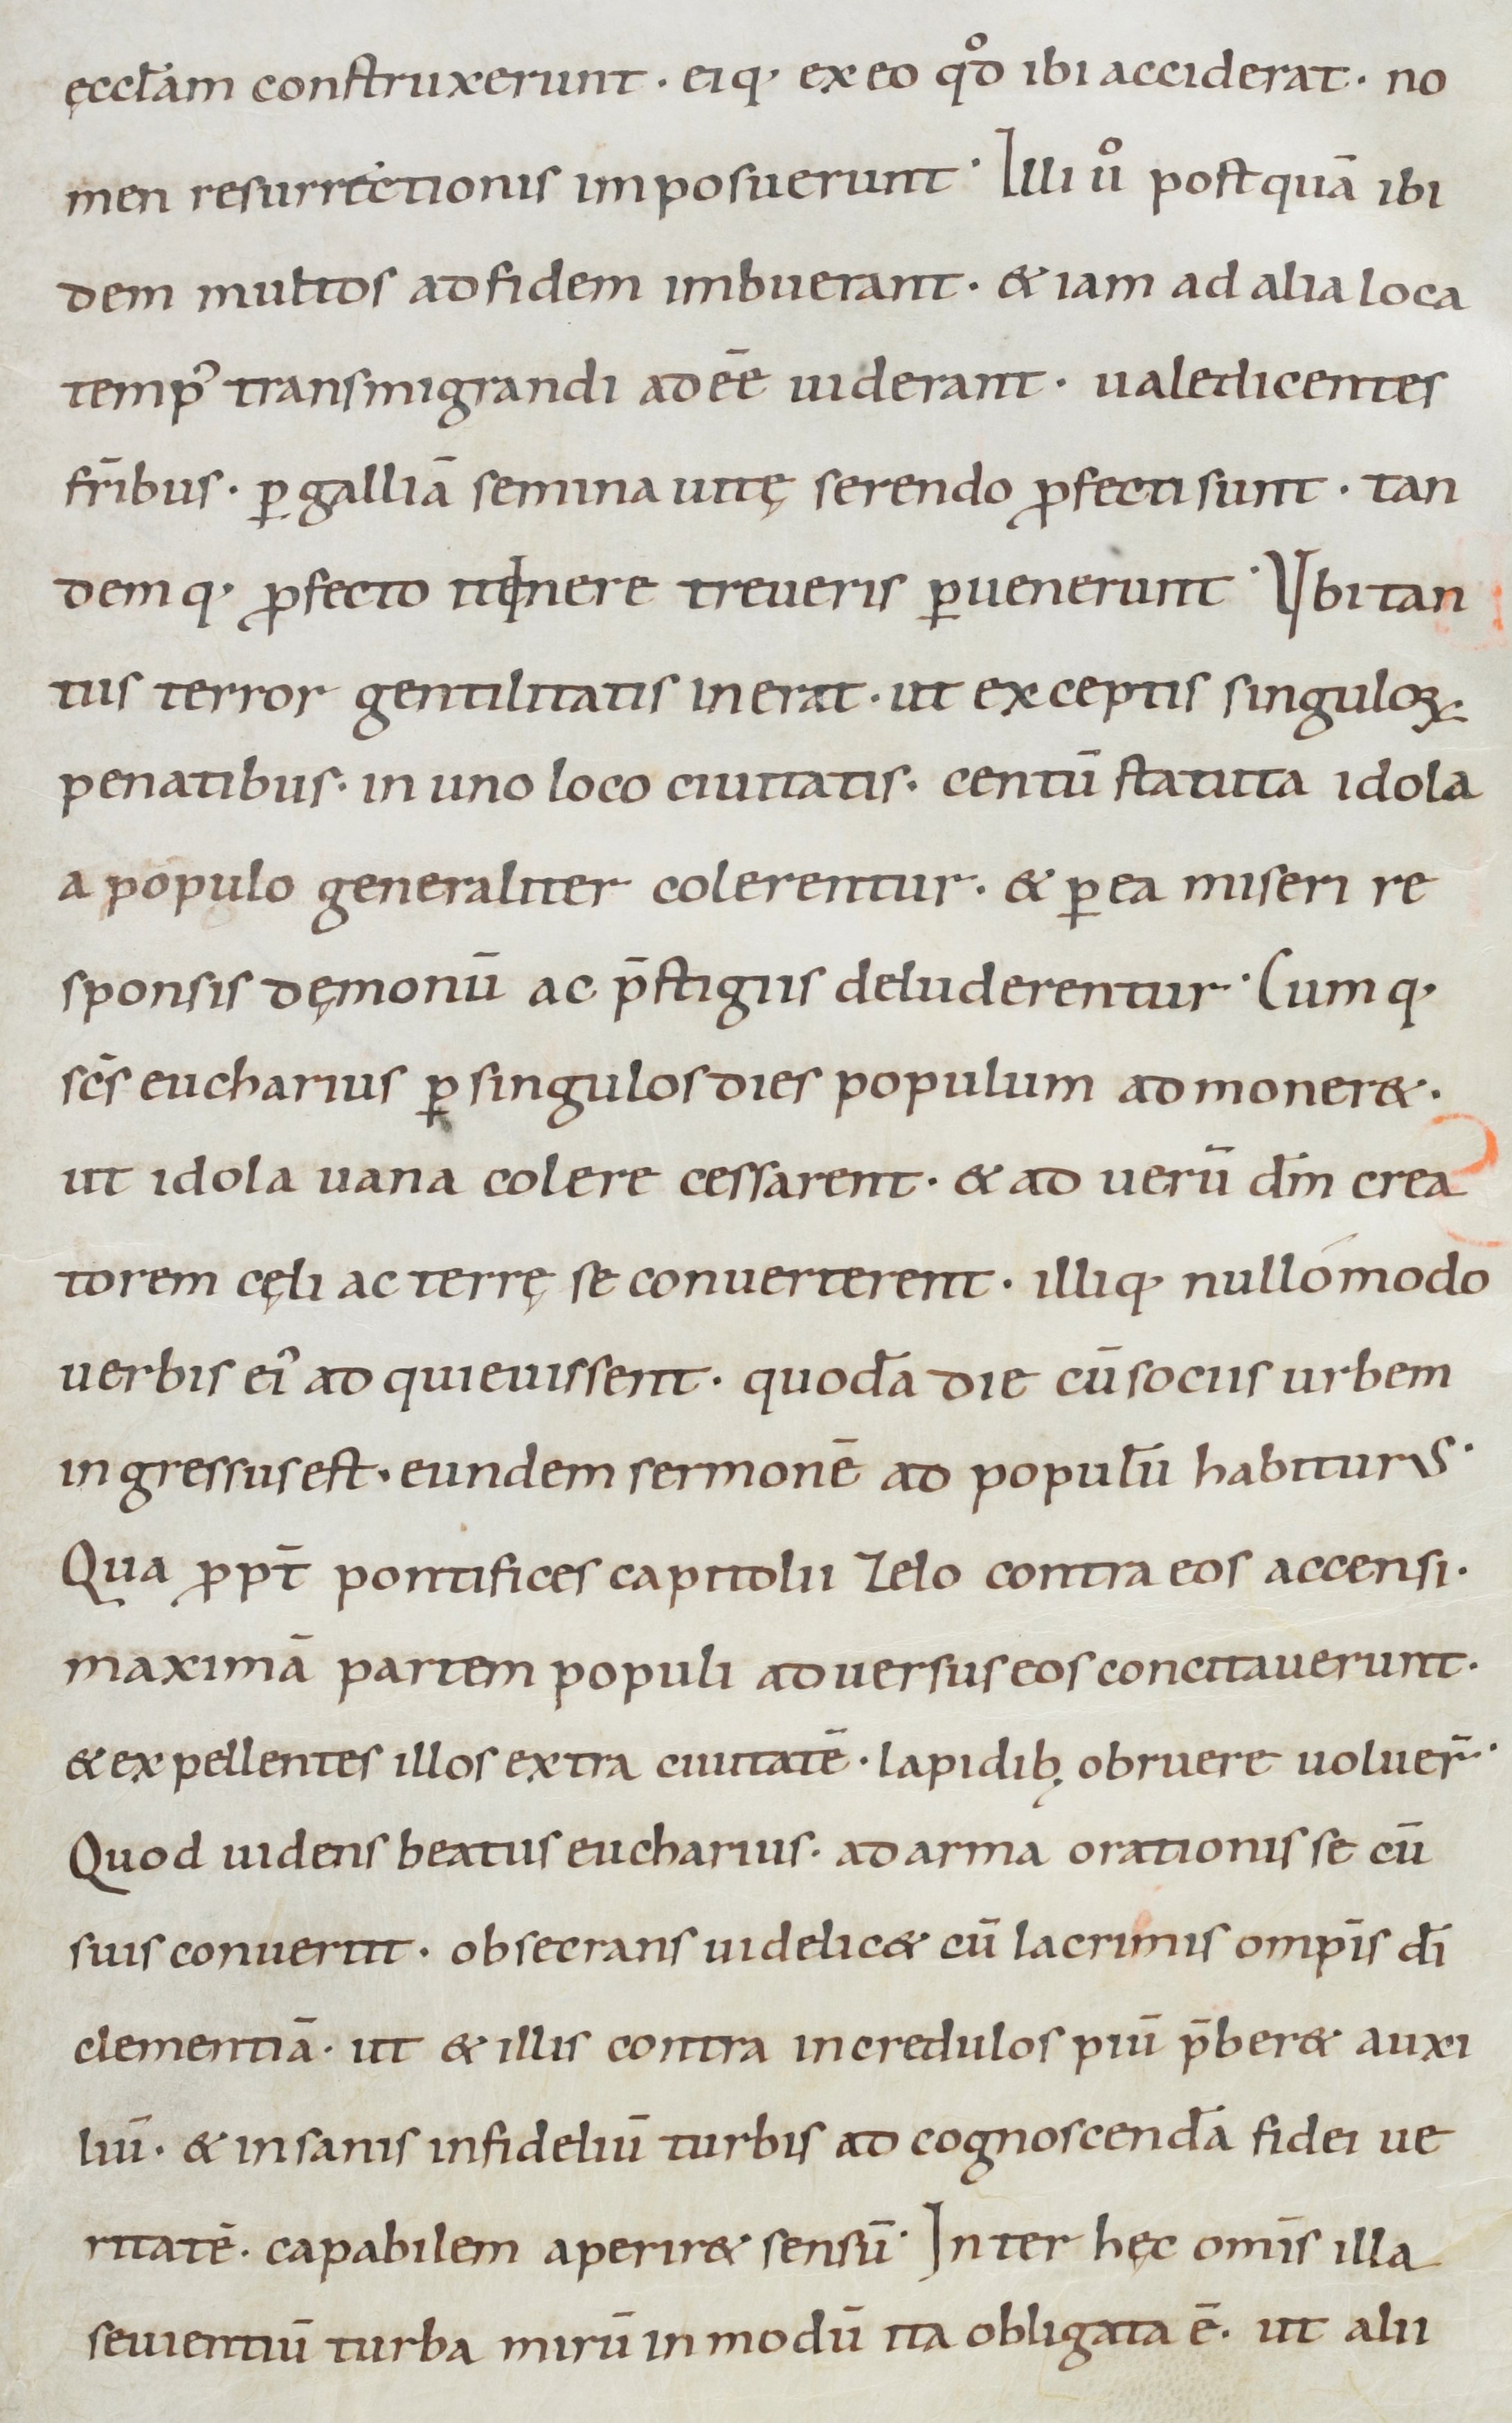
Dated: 1000–1099